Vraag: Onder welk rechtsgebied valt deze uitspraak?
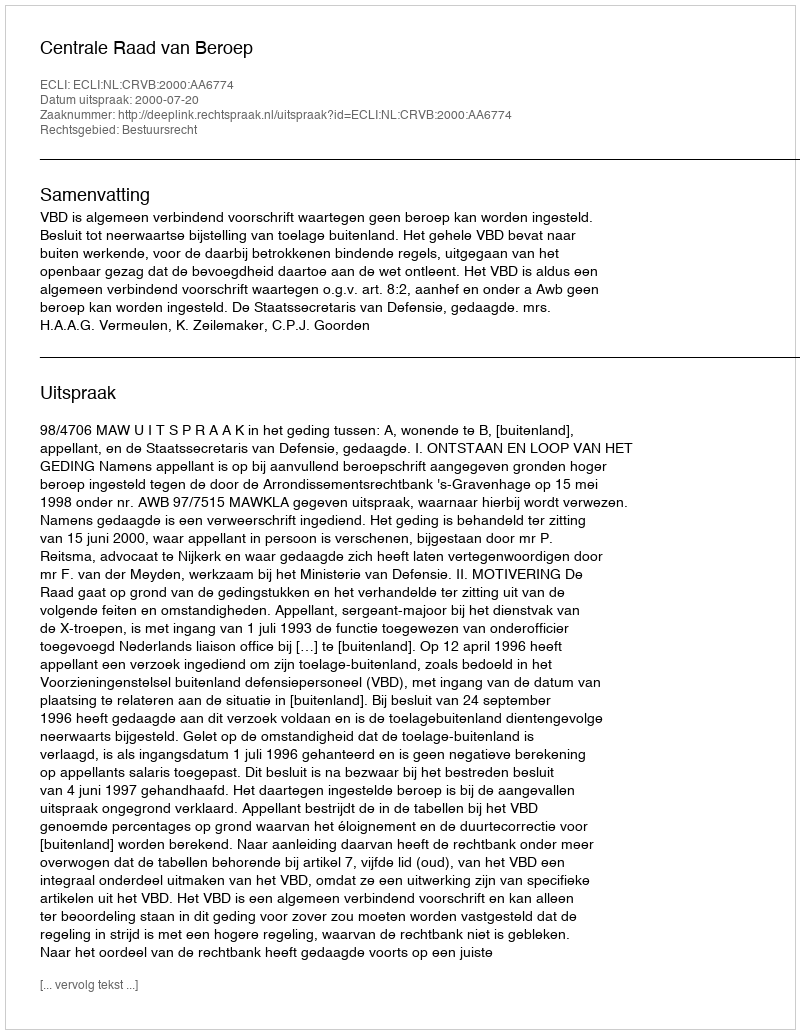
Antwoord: Bestuursrecht